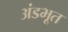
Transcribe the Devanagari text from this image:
अंडभूत